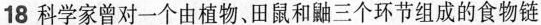
18科学家曾对一个由植物、田鼠和鼬三个环节组成的食物链